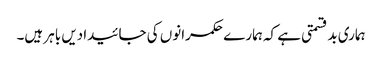
ہماری بدقسمتی ہے کہ ہمارے حکمرانوں کی جائیدادیں باہر ہیں۔